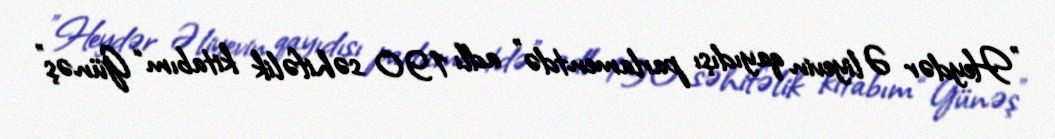
”Heydər Əliyevin qayıdışı parlamentdə" adlı 190 səhifəlik kitabım “Günəş”